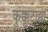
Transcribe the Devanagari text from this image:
कुक्कुटाद्या